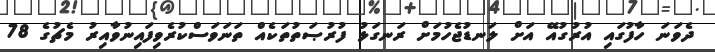
ދެވަނަ ހާފުގައި އުރުގުއޭ އަށް ލަނޑުޖެހުމަށް ރަނގަޅު ފުރުޞަތުތަކެއް ތަނަވަސްކުރެވިފައިނުވާއިރު މެޗުގެ 78